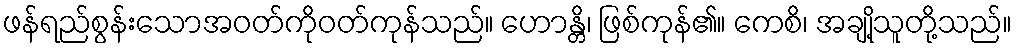
ဖန်ရည်စွန်းသောအဝတ်ကိုဝတ်ကုန်သည်။ ဟောန္တိ၊ ဖြစ်ကုန်၏။ ကေစိ၊ အချို့သူတို့သည်။